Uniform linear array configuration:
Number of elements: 8
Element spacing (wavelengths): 0.25
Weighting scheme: exponential
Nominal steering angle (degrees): -45
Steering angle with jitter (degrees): -43.9
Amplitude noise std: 0.05
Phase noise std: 0.05

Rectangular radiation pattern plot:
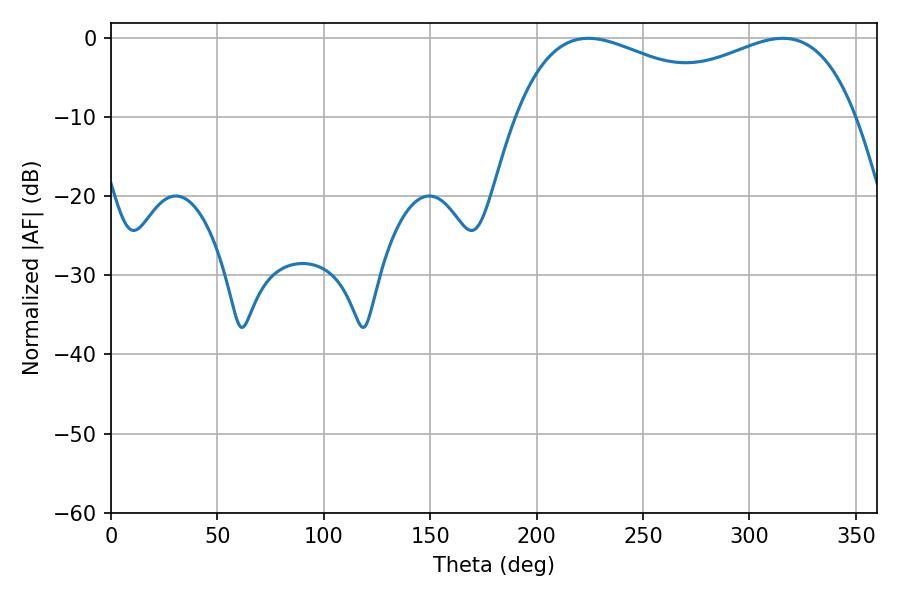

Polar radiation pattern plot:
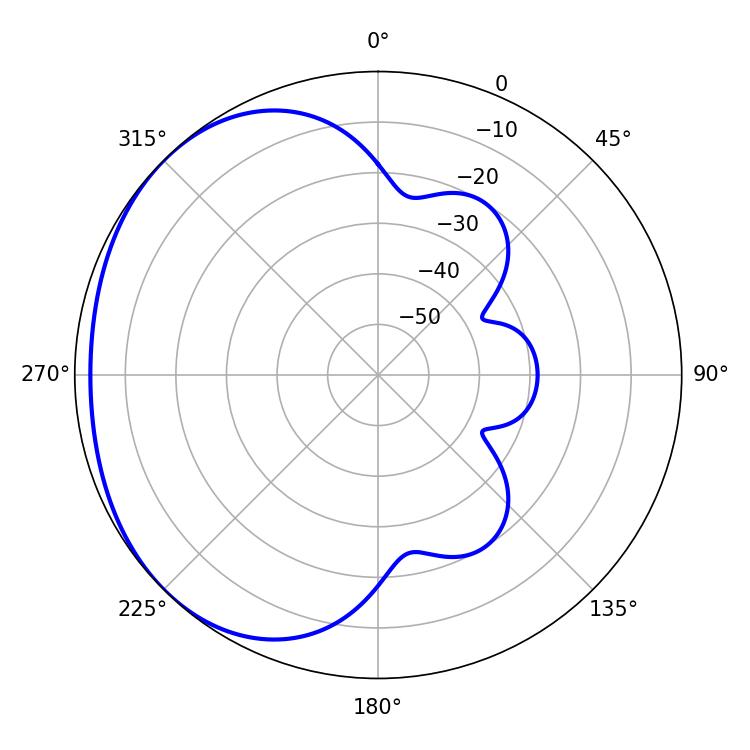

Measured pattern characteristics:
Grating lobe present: FALSE
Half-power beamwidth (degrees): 61.2
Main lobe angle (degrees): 224.28